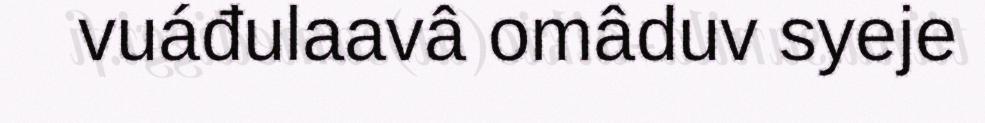
vuáđulaavâ omâduv syeje